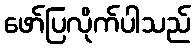
ဖော်ပြလိုက်ပါသည်